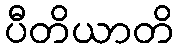
ပီတိယာတိ